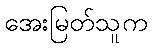
အေးမြတ်သူက